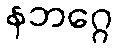
နဘဂ္ဂေ